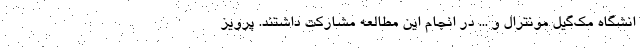
انشگاه مک‌گیل مونترال و ... در انجام این مطالعه مشارکت داشتند. پرویز